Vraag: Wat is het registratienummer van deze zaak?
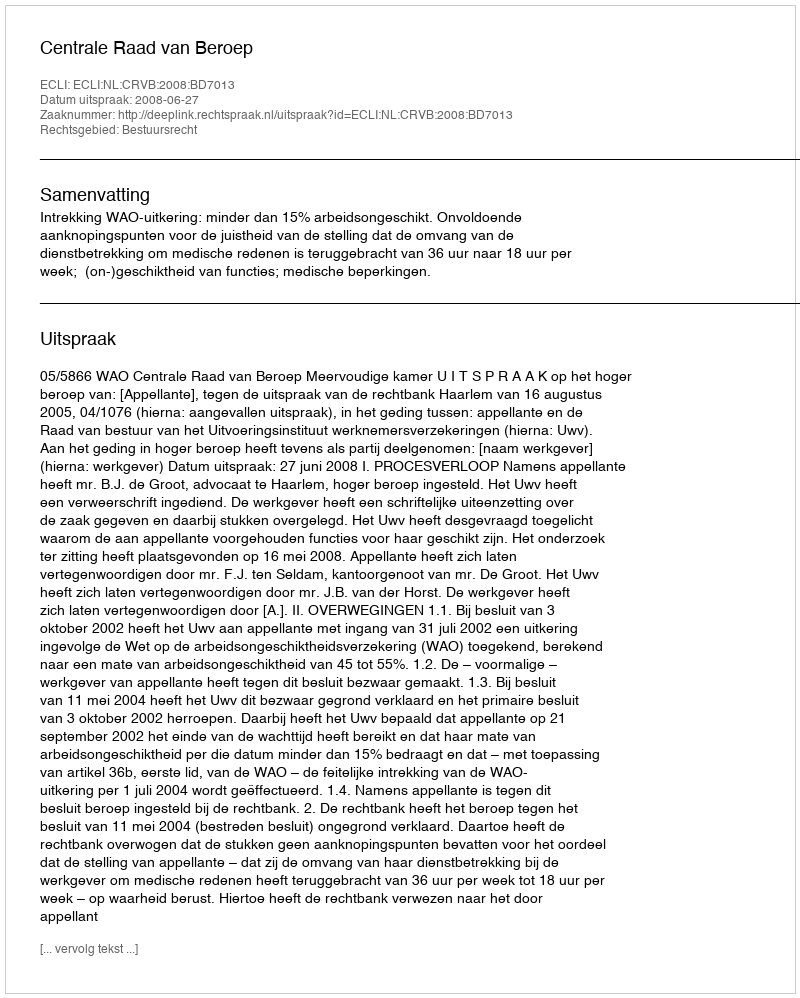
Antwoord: http://deeplink.rechtspraak.nl/uitspraak?id=ECLI:NL:CRVB:2008:BD7013